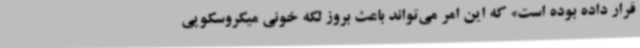
قرار داده بوده است» که این امر می‌تواند باعث بروز لکه خونی میکروسکوپی